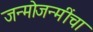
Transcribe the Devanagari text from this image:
जन्मोजन्मींचा